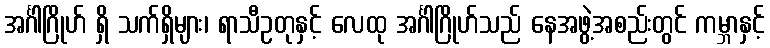
အင်္ဂါဂြိုဟ် ရှိ သက်ရှိများ၊ ရာသီဥတုနှင့် လေထု အင်္ဂါဂြိုဟ်သည် နေအဖွဲ့အစည်းတွင် ကမ္ဘာနှင့်